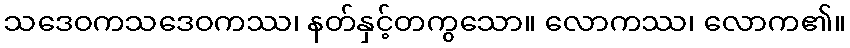
သဒေဝကသဒေဝကဿ၊ နတ်နှင့်တကွသော။ လောကဿ၊ လောက၏။